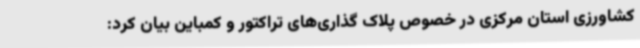
کشاورزی استان مرکزی در خصوص پلاک گذاری‌های تراکتور و کمباین بیان کرد: